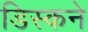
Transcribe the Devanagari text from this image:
डिस्कने